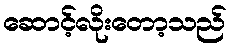
ဆောင့်လိုးတော့သည်